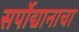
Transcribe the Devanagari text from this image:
सर्पोद्यानाचा